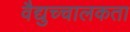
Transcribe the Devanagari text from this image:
वैद्युच्चालकता